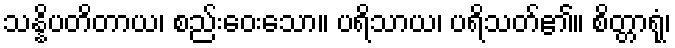
သန္နိပတိတာယ၊ စည်းဝေးသော။ ပရိသာယ၊ ပရိသတ်၏။ စိတ္တာရုံ၊